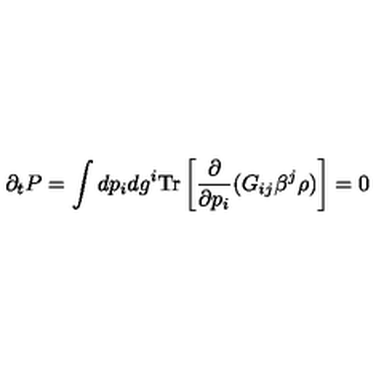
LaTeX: \partial _ { t } P = \int d p _ { i } d g ^ { i } \mathrm { T r } \left[ { \frac { \partial } { \partial p _ { i } } } ( G _ { i j } \beta ^ { j } \rho ) \right] = 0